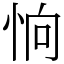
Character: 恦